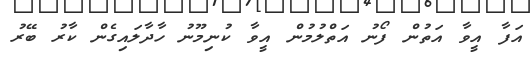
އަފާ އީވާ އަތުން ފޯނު އަތްލުމުން އީވާ ކުނިމޫނު ހާދާލައިގެން ކާރު ބޭރު